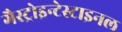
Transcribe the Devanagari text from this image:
गैस्ट्रोइन्टेस्टाइनल